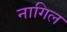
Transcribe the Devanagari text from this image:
नागिल